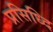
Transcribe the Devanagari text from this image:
प्रसिध्दि